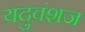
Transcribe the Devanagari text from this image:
यदुवंशज